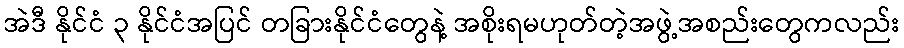
အဲဒီ နိုင်ငံ ၃ နိုင်ငံအပြင် တခြားနိုင်ငံတွေနဲ့ အစိုးရမဟုတ်တဲ့အဖွဲ့အစည်းတွေကလည်း